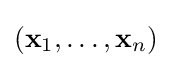
(\mathbf {x} _{1},\dotsc ,\mathbf {x} _{n})